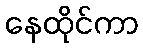
နေထိုင်ကာ